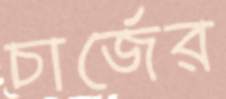
চার্জের